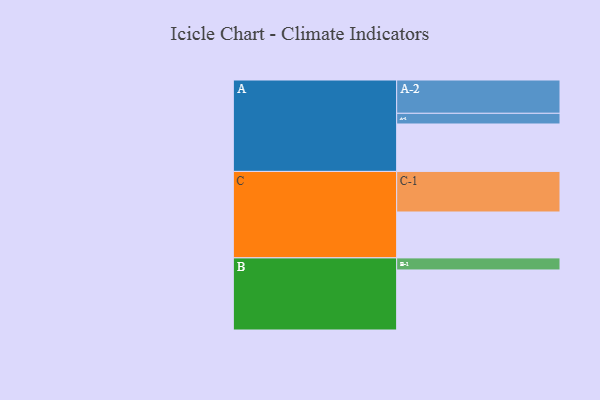
{"axis": {"x": "Segment", "y": "Value"}, "legend": ["", "A", "B", "C"], "data": [{"x": "A", "y": 346, "type": ""}, {"x": "B", "y": 438, "type": ""}, {"x": "C", "y": 335, "type": ""}, {"x": "A-1", "y": 78, "type": "A"}, {"x": "A-2", "y": 243, "type": "A"}, {"x": "B-1", "y": 88, "type": "B"}, {"x": "C-1", "y": 296, "type": "C"}]}